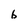
Character: b